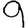
Digit: 9